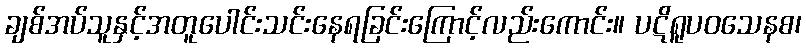
ချစ်အပ်သူနှင့်အတူပေါင်းသင်းနေရခြင်းကြောင့်လည်းကောင်း။ ပဋိရူပဝသေနစ၊